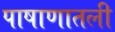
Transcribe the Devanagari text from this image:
पाषाणातली